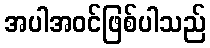
အပါအဝင်ဖြစ်ပါသည်